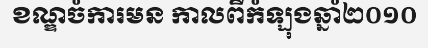
ខណ្ឌចំការមន កាលពីកំឡុងឆ្នាំ២០១០